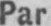
Par